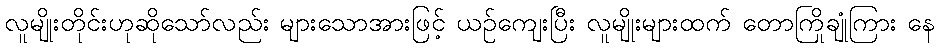
လူမျိုးတိုင်းဟုဆိုသော်လည်း များသောအားဖြင့် ယဉ်ကျေးပြီး လူမျိုးများထက် တောကြိုချုံကြား နေ